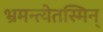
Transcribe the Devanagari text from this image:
भ्रमन्त्येतस्मिन्